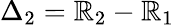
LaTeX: \Delta_{2}=\mathbb{R}_{2}-\mathbb{R}_{1}